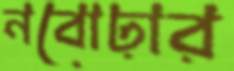
নবোঢ়ার